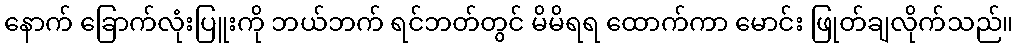
နောက် ခြောက်လုံးပြူးကို ဘယ်ဘက် ရင်ဘတ်တွင် မိမိရရ ထောက်ကာ မောင်း ဖြုတ်ချလိုက်သည်။